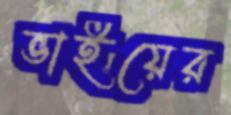
ভাইয়ের